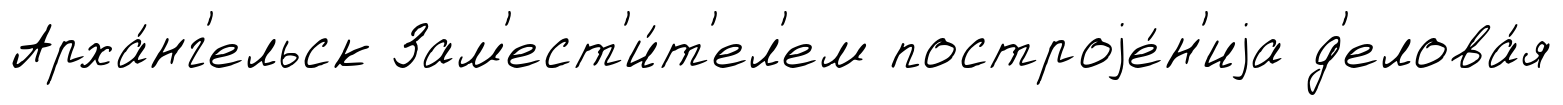
Арха́нг'ельск Зам'ест'и́т'ел'ем построjе́н'иjа д'елова́я